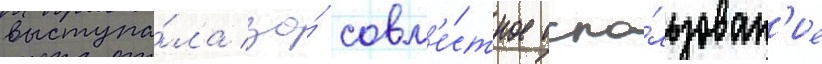
выступа́ла за́ совм'е́стное испо́льзован'ие